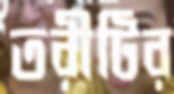
তরীটির